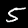
Digit: 5